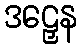
ဒဠှေန